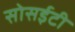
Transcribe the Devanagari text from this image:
सोसईटी